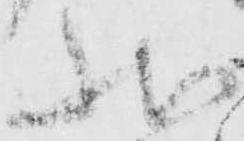
状